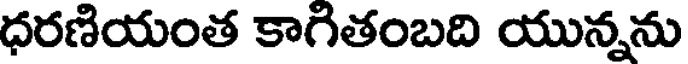
ధరణియంత కాగితంబది యున్నను